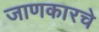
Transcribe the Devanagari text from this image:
जाणकारचे